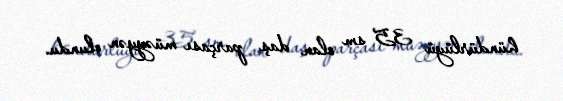
hündürlüyü 35 sm olan daş parçası müəyyən olundu.